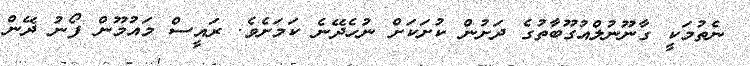
ނެތުމަކީ ގާނޫނުލްއުގޫބާތުގެ ދަށުން ކުށަކަށް ނުހެދޭނެ ކަމަށެވެ. ރައީސް މައުމޫން ފޯނު ދޭން